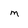
Character: m